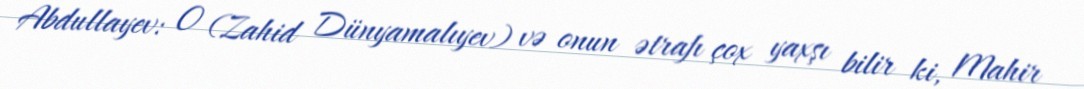
Abdullayev: O (Zahid Dünyamalıyev) və onun ətrafı çox yaxşı bilir ki, Mahir